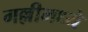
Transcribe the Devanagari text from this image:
गल्लीमध्ये